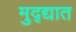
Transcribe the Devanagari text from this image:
मुद्द्यात